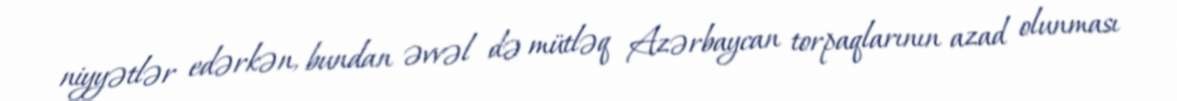
niyyətlər edərkən, bundan əvvəl də mütləq Azərbaycan torpaqlarının azad olunması